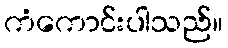
ကံကောင်းပါသည်။